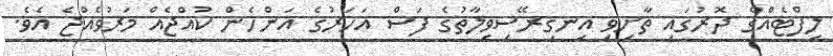
ލިފްޓެއްގެ ދޮރުގައި ތާށިވި އިނގިރޭސިވިލާތުގެ ފަސް އަހަރުގެ އަންހެން ކުއްޖެއް މަރުވެއްޖެ އެވެ.